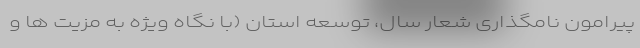
پیرامون نامگذاری شعار سال، توسعه استان (با نگاه ویژه به مزیت ها و